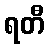
ရတီ